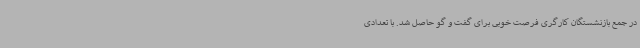
در جمع بازنشستگان کارگری فرصت خوبی برای گفت و گو حاصل شد. با تعدادی